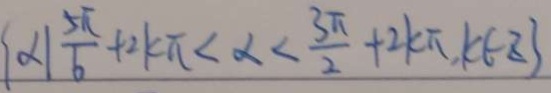
\{ \alpha \vert \frac { 5 \pi } { 6 } + 2 k \pi < \alpha < \frac { 3 \pi } { 2 } + 2 k \pi , k \in Z \}